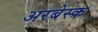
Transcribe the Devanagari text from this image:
अरबेस्क